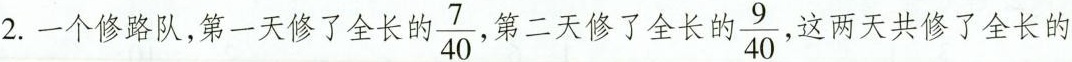
2.一个修路队，第一天修了全长的 $$\frac{7}{40},$$ 第二天修了全长的{ $$\frac{9}{40},$$ ，这两天共修了全长的